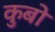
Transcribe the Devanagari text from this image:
कुबो